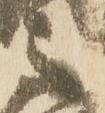
言